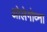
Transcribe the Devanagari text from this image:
ओलेगोव्ना